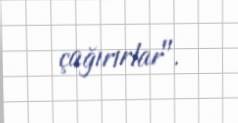
çağırırlar".